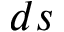
d s